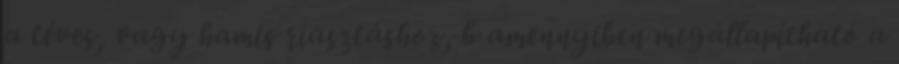
a téves, vagy hamis riasztáshoz, b amennyiben megállapítható a